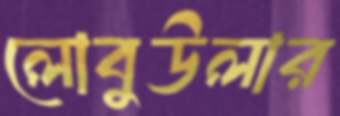
লোবুউলার